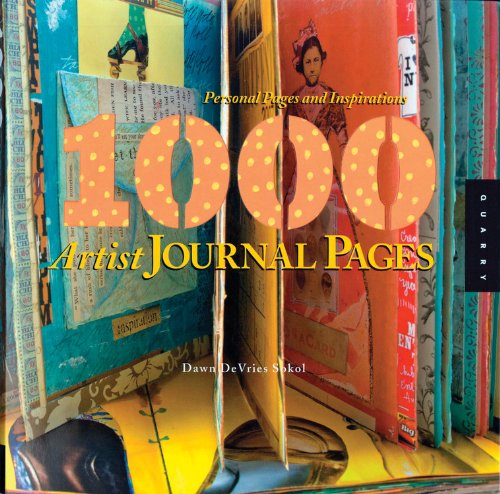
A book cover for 1,000 Artist Journal Pages: Personal Pages and Inspirations (1000 Series); Dawn DeVries Sokol; Crafts, Hobbies & Home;